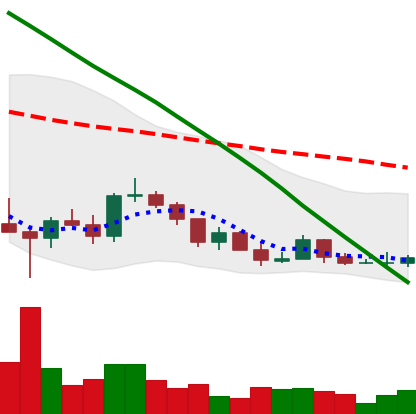
Ticker: ADA-USD
Chart end date: 2022-03-14
Forward return: 12.089%
Label: up_7plus